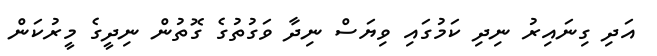
އަދި ގިނައިރު ނިދި ކަމުގައި ވިޔަސް ނިދާ ވަގުތުގެ ގޮތުން ނިދީގެ މީރުކަން